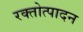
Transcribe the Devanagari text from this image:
रक्तोत्पादन